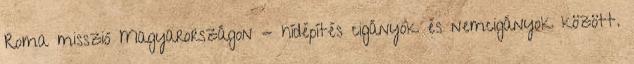
Roma misszió Magyarországon - hídépítés cigányok és nemcigányok között.